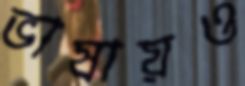
ভাষায়ও